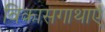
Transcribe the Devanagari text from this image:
विकासगाथाएं